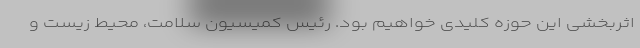
اثربخشی این حوزه کلیدی خواهیم بود. رئیس کمیسیون سلامت، محیط زیست و